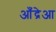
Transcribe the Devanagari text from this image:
आँद्रेआ